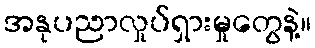
အနုပညာလှုပ်ရှားမှုတွေနဲ့။